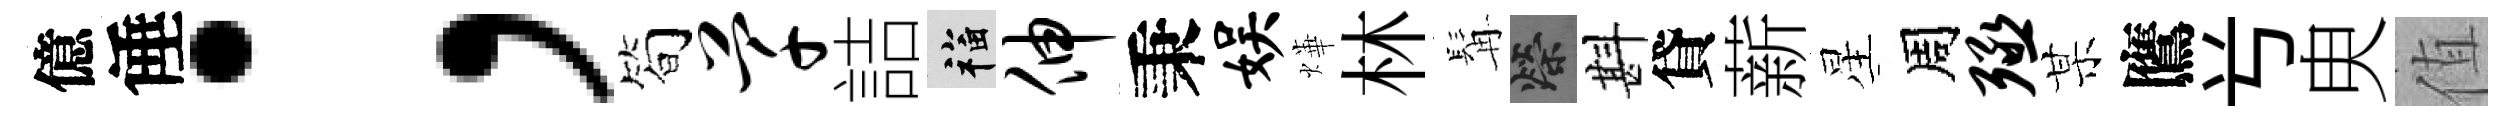
億倕；简芊詰福伸秉娱燁林髯榮斟貸薪星周殛某鷹𠔃㬰值